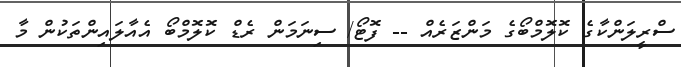
ސްރީލަންކާގެ ކޮލޮމްބޯގެ މަންޒަރެއް -- ފޮޓޯ/ ސިނަމަން ރެޑް ކޮލޮމްބޯ އެއާލައިންތަކުން މާ